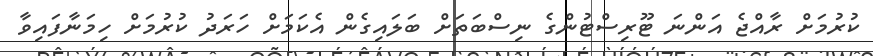
ކުރުމަށް ރާއްޖެ އަންނަ ޓޫރިސްޓުންގެ ނިސްބަތަށް ބަލައިގެން އެކަމަށް ހަރަދު ކުރުމަށް ހިމަނާފައިވާ